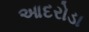
આદરોડા